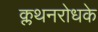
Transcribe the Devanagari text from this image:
क्लथनरोधके